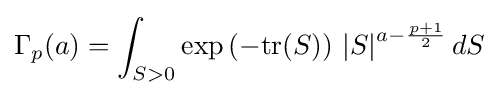
\Gamma _{p}(a)=\int _{S>0}\exp \left(-{\rm {tr}}(S)\right)\,\left|S\right|^{a-{\frac {p+1}{2}}}dS